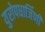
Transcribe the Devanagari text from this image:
युरोपधार्जिणी